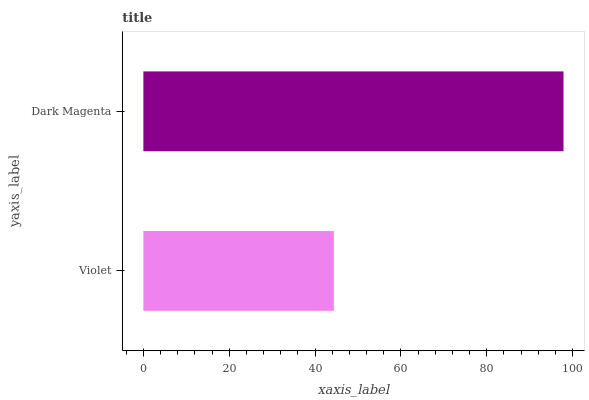
| yaxis_label | bars |
 | --- | --- |
 | Violet | 44.4 |
 | Dark Magenta | 97.9 |